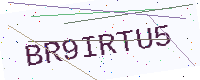
Text: BR9IRTU5